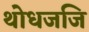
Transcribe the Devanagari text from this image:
थोधजजि